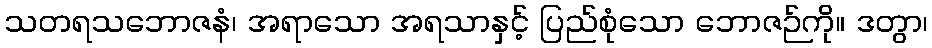
သတရသဘောဇနံ၊ အရာသော အရသာနှင့် ပြည်စုံသော ဘောဇဉ်ကို။ ဒတွာ၊